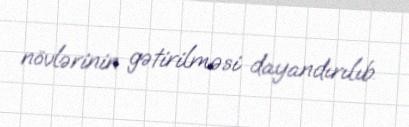
növlərinin gətirilməsi dayandırılıb.